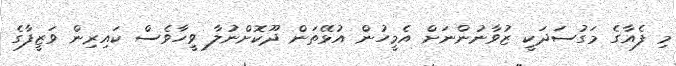
މި ފެއާގެ މަގުސަދަކީ ޒުވާނުންނަށް އެމީހުން އުޅޭތަން ދޫކޮށްނުލާ ވީހާވެސް ކައިރިން ވަޒީފާގެ